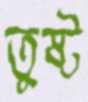
তুষ্ট